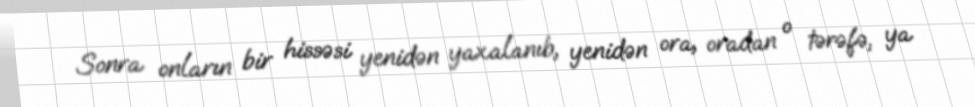
Sonra onların bir hissəsi yenidən yaxalanıb, yenidən ora, oradan o tərəfə, ya